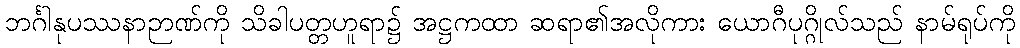
ဘင်္ဂါနုပဿနာဉာဏ်ကို သိခါပတ္တဟူရာ၌ အဋ္ဌကထာ ဆရာ၏အလိုကား ယောဂီပုဂ္ဂိုလ်သည် နာမ်ရုပ်ကို